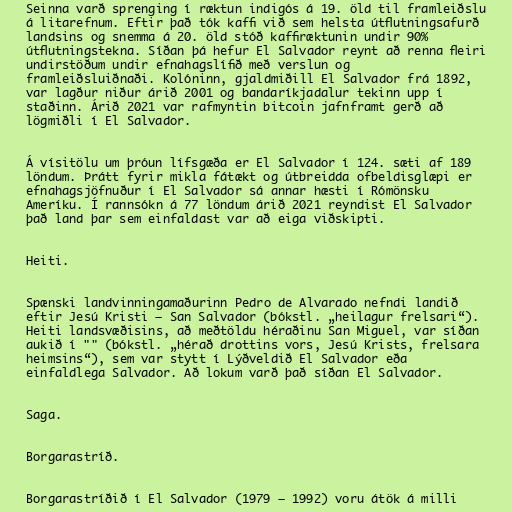
Seinna varð sprenging í ræktun indigós á 19. öld til framleiðslu
á litarefnum. Eftir það tók kaffi við sem helsta útflutningsafurð
landsins og snemma á 20. öld stóð kaffiræktunin undir 90%
útflutningstekna. Síðan þá hefur El Salvador reynt að renna fleiri
undirstöðum undir efnahagslífið með verslun og
framleiðsluiðnaði. Kolóninn, gjaldmiðill El Salvador frá 1892,
var lagður niður árið 2001 og bandaríkjadalur tekinn upp í
staðinn. Árið 2021 var rafmyntin bitcoin jafnframt gerð að
lögmiðli í El Salvador.

Á vísitölu um þróun lífsgæða er El Salvador í 124. sæti af 189
löndum. Þrátt fyrir mikla fátækt og útbreidda ofbeldisglæpi er
efnahagsjöfnuður í El Salvador sá annar hæsti í Rómönsku
Ameríku. Í rannsókn á 77 löndum árið 2021 reyndist El Salvador
það land þar sem einfaldast var að eiga viðskipti.

Heiti.

Spænski landvinningamaðurinn Pedro de Alvarado nefndi landið
eftir Jesú Kristi – San Salvador (bókstl. „heilagur frelsari“).
Heiti landsvæðisins, að meðtöldu héraðinu San Miguel, var síðan
aukið í "" (bókstl. „hérað drottins vors, Jesú Krists, frelsara
heimsins“), sem var stytt í Lýðveldið El Salvador eða
einfaldlega Salvador. Að lokum varð það síðan El Salvador.

Saga.

Borgarastríð.

Borgarastríðið í El Salvador (1979 – 1992) voru átök á milli